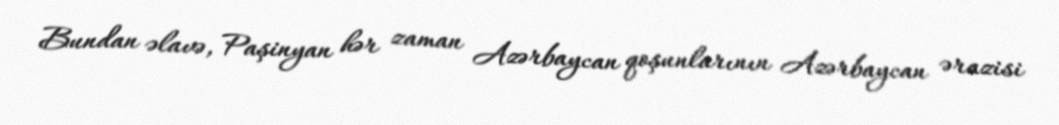
Bundan əlavə, Paşinyan hər zaman Azərbaycan qoşunlarının Azərbaycan ərazisi